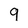
Character: 9